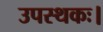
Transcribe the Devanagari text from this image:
उपस्थकः।